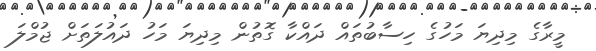
މީރާގެ މިދިޔަ މަހުގެ ހިސާބުތައް ދައްކާ ގޮތުން މިދިޔަ މަހު ދައުލަތަށް ޖުމްލަ